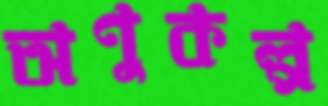
অণুকল্প